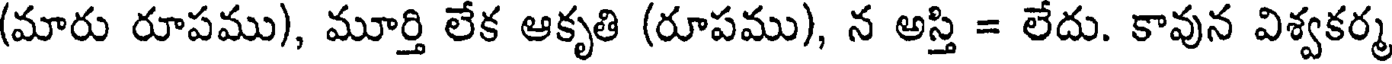
(మారు రూపము), మూర్తి లేక ఆకృతి (రూపము), న అస్తి = లేదు. కావున విశ్వకర్మ